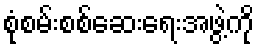
စုံစမ်းစစ်ဆေးရေးအဖွဲ့ကို